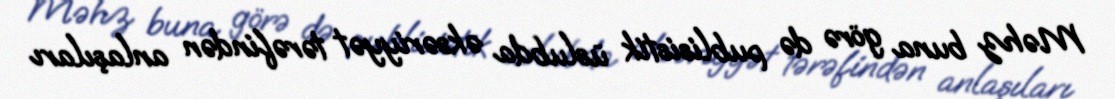
Məhz buna görə də publisistik üslubda əksəriyyət tərəfindən anlaşıları